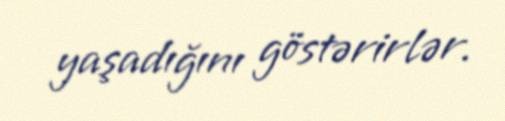
yaşadığını göstərirlər.